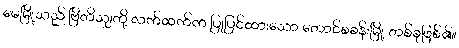
မေမြို့သည် ဗြိတိသျှတို့ လက်ထက်က ပြုပြင်ထားသော တောင်စခန်းမြို့ တစ်ခုဖြစ်၏။